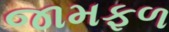
જામફળ